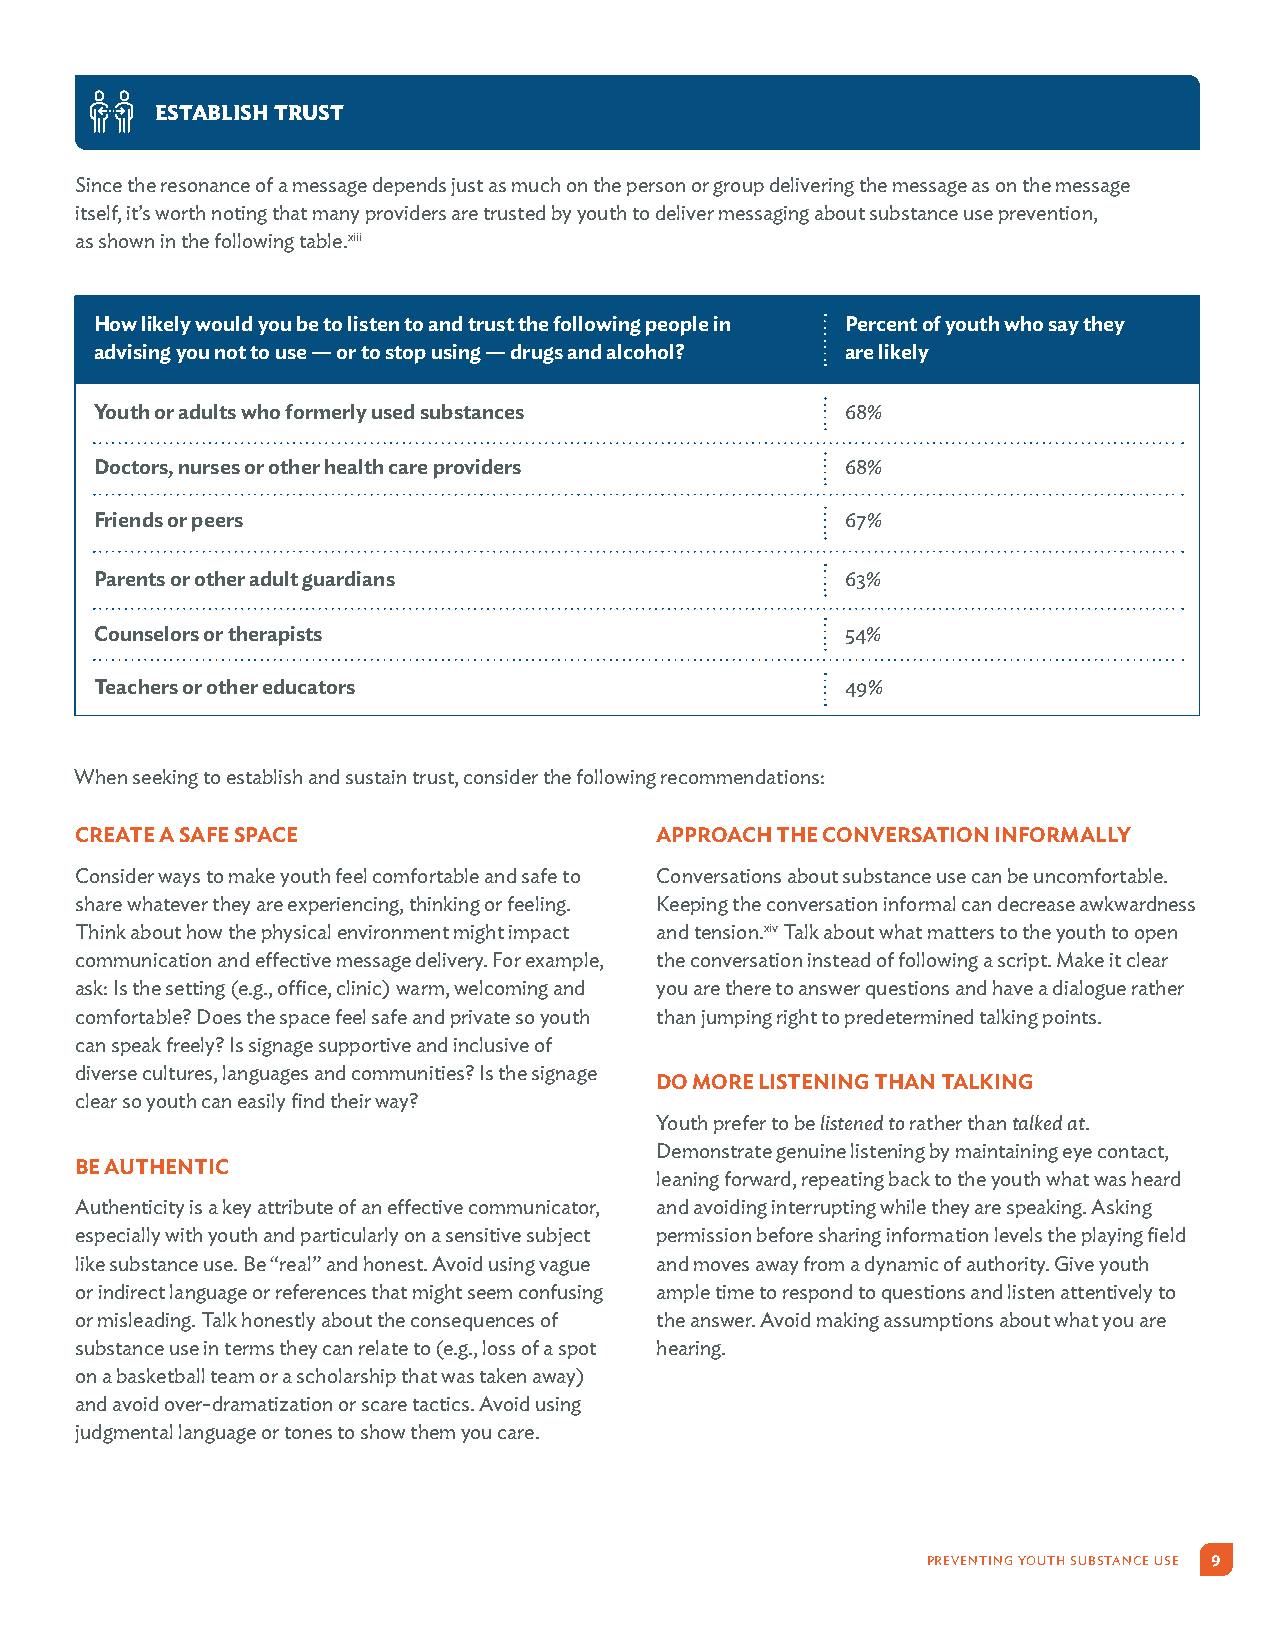
ESTABLISH TRUST
 Since the resonance of a message depends just as much on the person or group delivering the message as on the message
 itself, it’s worth noting that many providers are trusted by youth to deliver messaging about substance use prevention,
 as shown in the following table.xiii
 How likely would you be to listen to and trust the following people in Percent of youth who say they
 advising you not to use — or to stop using — drugs and alcohol? are likely
 Youth or adults who formerly used substances      68%
 Doctors, nurses or other health care providers    68%
 Friends or peers                                  67%
 Parents or other adult guardians                  63%
 Counselors or therapists                          54%
 Teachers or other educators                       49%
 When seeking to establish and sustain trust, consider the following recommendations:
 CREATE A SAFE SPACE                   APPROACH THE CONVERSATION INFORMALLY
 Consider ways to make youth feel comfortable and safe to Conversations about substance use can be uncomfortable.
 share whatever they are experiencing, thinking or feeling. Keeping the conversation informal can decrease awkwardness
 Think about how the physical environment might impact and tension.xiv Talk about what matters to the youth to open
 communication and effective message delivery. For example, the conversation instead of following a script. Make it clear
 ask: Is the setting (e.g., office, clinic) warm, welcoming and you are there to answer questions and have a dialogue rather
 comfortable? Does the space feel safe and private so youth than jumping right to predetermined talking points.
 can speak freely? Is signage supportive and inclusive of
 diverse cultures, languages and communities? Is the signage
 DO MORE LISTENING THAN TALKING
 clear so youth can easily find their way?
 Youth prefer to be listened to rather than talked at.
 Demonstrate genuine listening by maintaining eye contact,
 BE AUTHENTIC
 leaning forward, repeating back to the youth what was heard
 Authenticity is a key attribute of an effective communicator, and avoiding interrupting while they are speaking. Asking
 especially with youth and particularly on a sensitive subject permission before sharing information levels the playing field
 like substance use. Be “real” and honest. Avoid using vague and moves away from a dynamic of authority. Give youth
 or indirect language or references that might seem confusing ample time to respond to questions and listen attentively to
 or misleading. Talk honestly about the consequences of the answer. Avoid making assumptions about what you are
 substance use in terms they can relate to (e.g., loss of a spot hearing.
 on a basketball team or a scholarship that was taken away)
 and avoid over-dramatization or scare tactics. Avoid using
 judgmental language or tones to show them you care.
 PREVENTING YOUTH SUBSTANCE USE 9